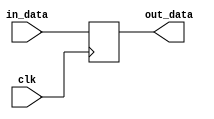
// This program was cloned from: https://github.com/michaelliao/learn-verilog
// License: GNU General Public License v3.0


module clk_delay #(
    parameter WIDTH = 8
)
(
    input  wire clk,
    input  wire [WIDTH-1:0] in_data,
    output reg [WIDTH-1:0] out_data
);
    always @ (posedge clk) begin
        out_data <= in_data;
    end
endmodule